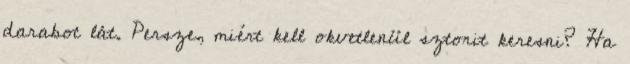
darabot lát. Persze, miért kell okvetlenül sztorit keresni? Ha